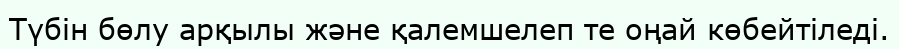
Түбін бөлу арқылы және қалемшелеп те оңай көбейтіледі.